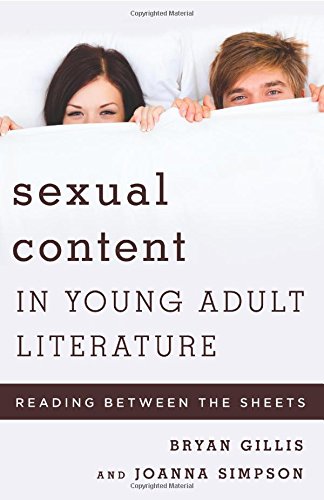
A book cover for Sexual Content in Young Adult Literature: Reading between the Sheets (Studies in Young Adult Literature); Bryan Gillis; Teen & Young Adult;